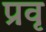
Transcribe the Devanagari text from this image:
प्रवृ